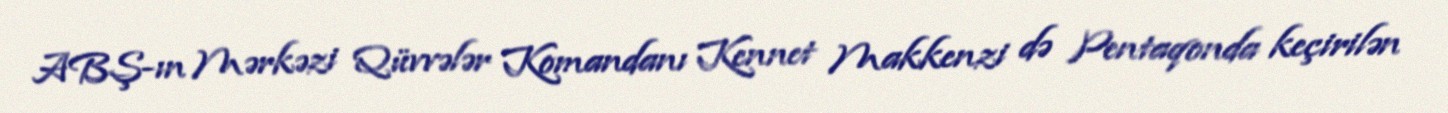
ABŞ-ın Mərkəzi Qüvvələr Komandanı Kennet Makkenzi də Pentaqonda keçirilən